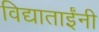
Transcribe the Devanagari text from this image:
विद्याताईंनी